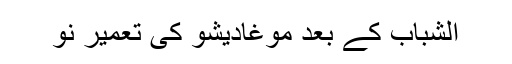
الشباب کے بعد موغادیشو کی تعمیرِ نو